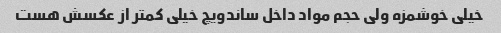
خیلی خوشمزه ولی حجم مواد داخل ساندویچ خیلی کمتر از عکسش هست